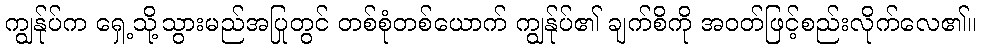
ကျွန်ုပ်က ရှေ့သို့သွားမည်အပြုတွင် တစ်စုံတစ်ယောက် ကျွန်ုပ်၏ ချက်စိကို အဝတ်ဖြင့်စည်းလိုက်လေ၏။